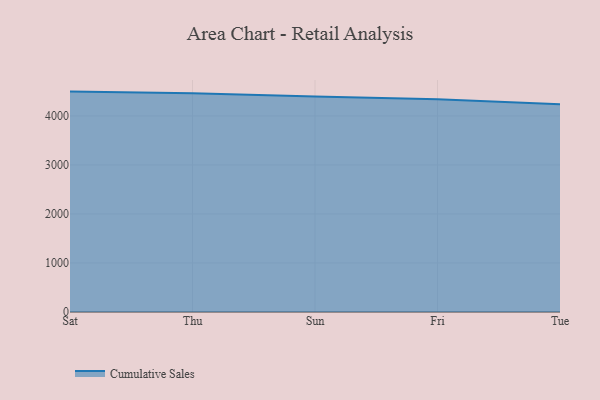
{"axis": {"x": "Day", "y": "Population (Million)"}, "legend": ["Cumulative Sales"], "data": [{"x": "Sat", "y": 4496.5, "type": "Cumulative Sales"}, {"x": "Thu", "y": 4463.9, "type": "Cumulative Sales"}, {"x": "Sun", "y": 4394.8, "type": "Cumulative Sales"}, {"x": "Fri", "y": 4339.5, "type": "Cumulative Sales"}, {"x": "Tue", "y": 4239.6, "type": "Cumulative Sales"}]}